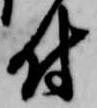
付